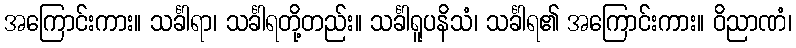
အကြောင်းကား။ သင်္ခါရာ၊ သင်္ခါရတို့တည်း။ သင်္ခါရူပနိသံ၊ သင်္ခါရ၏ အကြောင်းကား။ ဝိညာဏံ၊